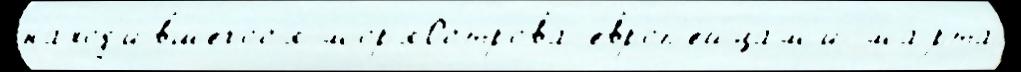
наход'и́вшегос'я мор'яОстрова европ'е́йцам'и ма́рта